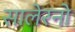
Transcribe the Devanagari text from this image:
सालेरनो